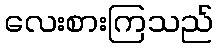
လေးစားကြသည်